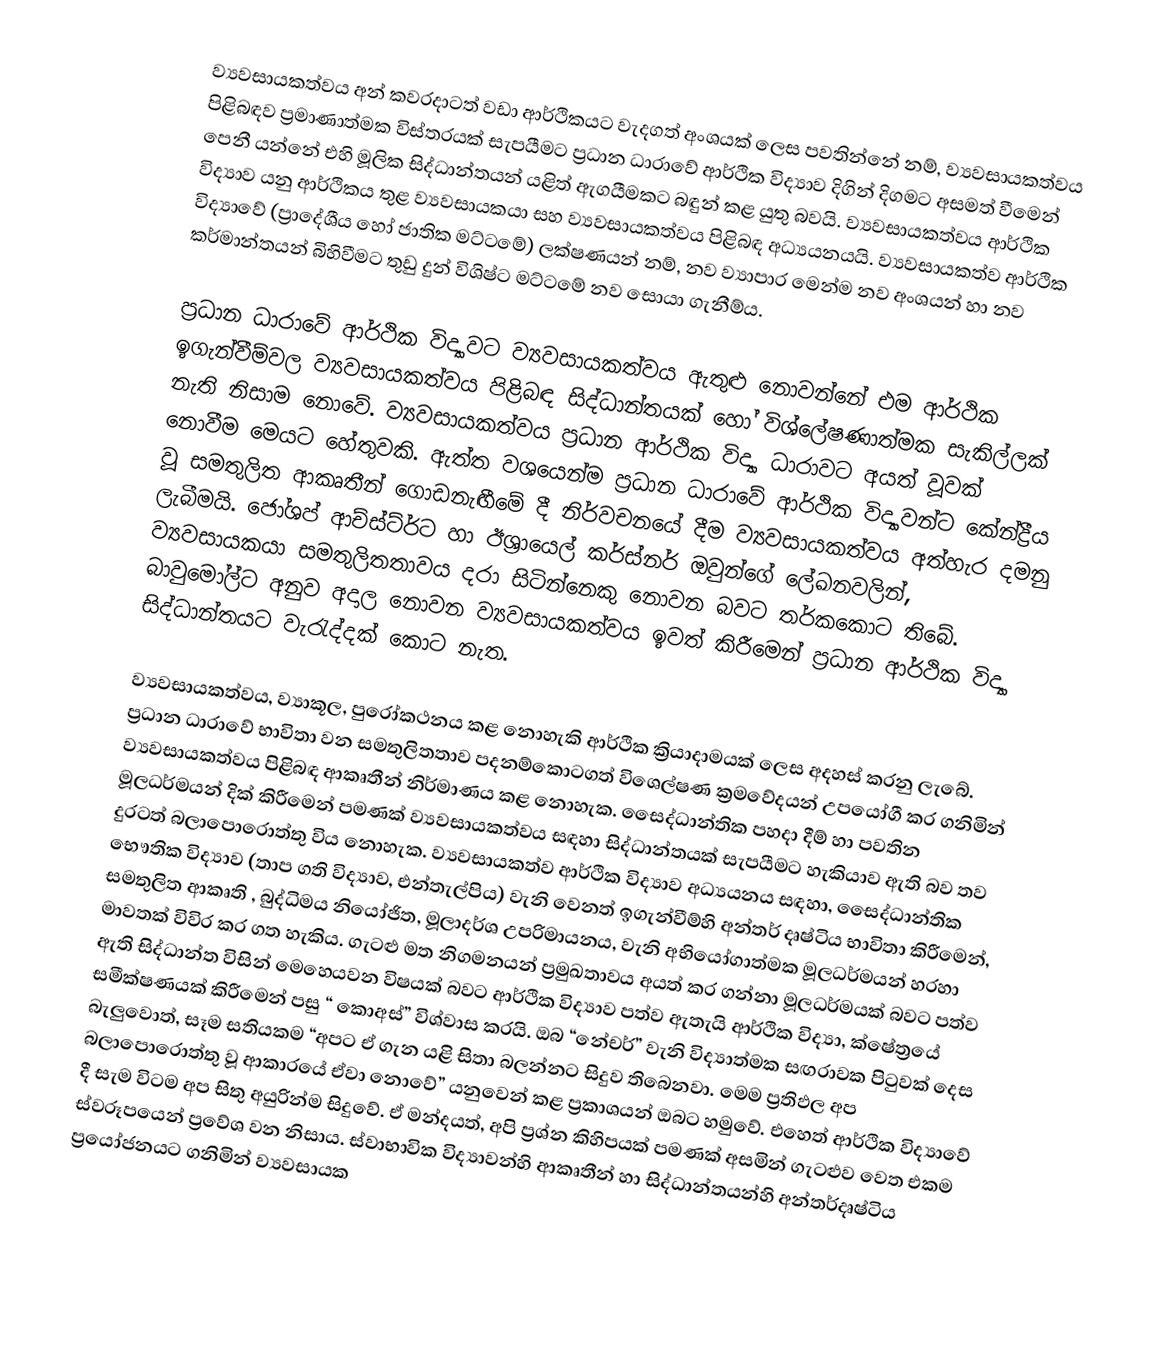
ව්‍යවසායකත්වය අන් කවරදාටත් වඩා ආර්ථිකයට වැදගත් අංශයක් ලෙස පවතින්නේ නම්, ව්‍යවසායකත්වය පිළිබඳව ප්‍රමාණාත්මක විස්තරයක් සැපයීමට ප්‍රධාන ධාරාවේ ආර්ථික විද්‍යාව දිගින් දිගමට අසමත් වීමෙන් පෙනී යන්නේ එහි මූලික සිද්ධාන්තයන් යළිත් ඇගයීමකට බඳුන් කළ යුතු බවයි. ව්‍යවසායකත්වය ආර්ථික විද්‍යාව යනු ආර්ථිකය තුළ ව්‍යවසායකයා සහ ව්‍යවසායකත්වය පිළිබඳ අධ්‍යයනයයි. ව්‍යවසායකත්ව ආර්ථික විද්‍යාවේ (ප්‍රාදේශීය හෝ ජාතික මට්ටමේ) ලක්ෂණයන් නම්, නව ව්‍යාපාර මෙන්ම නව අංශයන් හා නව කර්මාන්තයන් බිහිවීමට තුඩු දුන් විශිෂ්ට මට්ටමේ නව සොයා ගැනීම්ය.

ප්‍රධාන ධාරාවේ ආර්ථික විද්‍යාවට ව්‍යවසායකත්වය ඇතුළු නොවන්නේ එම ආර්ථික ඉගැන්වීම්වල ව්‍යවසායකත්වය පිළිබඳ සිද්ධාන්තයක් හෝ විශ්ලේෂණාත්මක සැකිල්ලක් නැති නිසාම නොවේ. ව්‍යවසායකත්වය ප්‍රධාන ආර්ථික විද්‍යා ධාරාවට අයත් වූවක් නොවීම මෙයට හේතුවකි. ඇත්ත වශයෙන්ම ප්‍රධාන ධාරාවේ ආර්ථික විද්‍යාවන්ට කේන්ද්‍රීය වූ සමතුලිත ආකෘතීන් ගොඩනැඟීමේ දී නිර්වචනයේ දීම ව්‍යවසායකත්වය අත්හැර දමනු ලැබීමයි. ජෝශප් ආච්ස්ට්ර්ට හා ඊශ්‍රායෙල් කර්ස්නර් ඔවුන්ගේ ලේඛනවලින්, ව්‍යවසායකයා සමතුලිතතාවය දරා සිටින්නෙකු නොවන බවට තර්කකොට තිබේ. බාවුමෝල්ට අනුව අදාල නොවන ව්‍යවසායකත්වය ඉවත් කිරීමෙන් ප්‍රධාන  ආර්ථික විද්‍යා සිද්ධාන්තයට වැරැද්දක් කොට නැත.

ව්‍යවසායකත්වය, ව්‍යාකූල, පුරෝකථනය කළ නොහැකි ආර්ථික ක්‍රියාදාමයක් ලෙස අදහස් කරනු ලැබේ. ප්‍රධාන ධාරාවේ භාවිතා වන සමතුලිතතාව පදනම්කොටගත් විශ‍්ලේෂණ ක්‍රමවේදයන් උපයෝගී කර ගනිමින් ව්‍යවසායකත්වය පිළිබඳ ආකෘතීන් නිර්මාණය කළ නොහැක. සෛද්ධාන්තික පහදා දීම් හා පවතින මූලධර්මයන් දික් කිරීමෙන් පමණක් ව්‍යවසායකත්වය සඳහා සිද්ධාන්තයක් සැපයීමට හැකියාව ඇති බව තව දුරටත් බලාපොරොත්තු විය නොහැක. ව්‍යවසායකත්ව ආර්ථික විද්‍යාව අධ්‍යයනය සඳහා, සෛද්ධාන්තික භෞතික විද්‍යාව (තාප ගති විද්‍යාව, එන්තැල්පිය) වැනි වෙනත් ඉගැන්වීම්හි අන්තර් දෘෂ්ටිය භාවිතා කිරීමෙන්, සමතුලිත ආකෘති , බුද්ධිමය නියෝජිත, මූලාදර්ශ උපරිමායනය, වැනි අභියෝගාත්මක මූලධර්මයන් හරහා මාවතක් විවිර කර ගත හැකිය. ගැටළු මත නිගමනයන් ප්‍රමුඛතාවය අයත් කර ගන්නා  මූලධර්මයක් බවට පත්ව ඇති සිද්ධාන්ත විසින් මෙහෙයවන විෂයක් බවට ආර්ථික විද්‍යාව පත්ව ඇතැයි ආර්ථික විද්‍යා, ක්ෂේත්‍රයේ සමීක්ෂණයක් කිරීමෙන් පසු “ කොඅස්” විශ්වාස කරයි. ඔබ “නේචර්” වැනි විද්‍යාත්මක සඟරාවක පිටුවක් දෙස බැලුවොත්, සෑම සතියකම “අපට ඒ ගැන යළි සිතා බලන්නට සිදුව තිබෙනවා. මෙම ප්‍රතිඵල අප බලාපොරොත්තු වූ ආකාරයේ ඒවා නොවේ” යනුවෙන් කළ ප්‍රකාශයන්  ඔබට හමුවේ. එහෙත් ආර්ථික විද්‍යාවේ දී සැම විටම අප සිතු අයුරින්ම සිදුවේ. ඒ මන්දයත්, අපි ප්‍රශ්න කිහිපයක් පමණක්  අසමින් ගැටළුව වෙත එකම ස්වරූපයෙන් ප්‍රවේශ වන නිසාය. ස්වාභාවික විද්‍යාවන්හි ආකෘතීන් හා සිද්ධාන්තයන්හි අන්තර්දෘෂ්ටිය ප්‍රයෝජනයට ගනිමින් ව්‍යවසායක